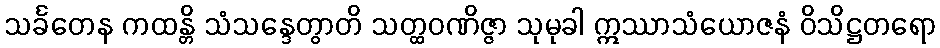
သင်္ခတေန ကထန္တိ သံသန္ဒေတွာတိ သတ္ထဝဏိဇ္ဇာ သုမုခါ ဣဿာသံယောဇနံ ဝိသိဋ္ဌတရော